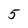
Character: 5